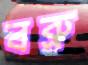
বব্রু